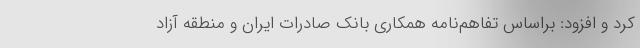
کرد و افزود: براساس تفاهم‌نامه همکاری بانک صادرات ایران و منطقه آزاد